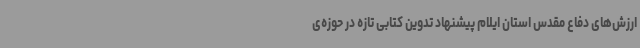
ارزش‌های دفاع مقدس استان ایلام پیشنهاد تدوین کتابی تازه در حوزه‌ی